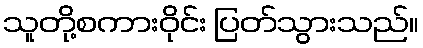
သူတို့စကားဝိုင်း ပြတ်သွားသည်။